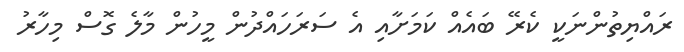
ރައްޔިތުންނަކީ ކެރޭ ބައެއް ކަމަށާއި އެ ސަރަހައްދުން މީހުން މާލެ ގޮސް މިހާރު